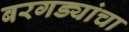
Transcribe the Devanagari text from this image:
बरगड्यांचा